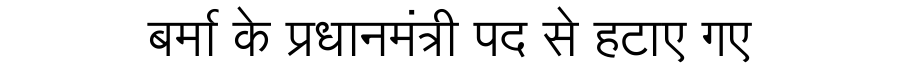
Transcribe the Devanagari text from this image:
बर्मा के प्रधानमंत्री पद से हटाए गए